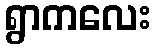
ရွာကလေး